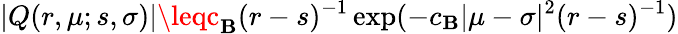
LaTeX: |Q(r,\mu;s,\sigma)|\leqc_{\mathbf{B}}(r-s)^{-1}\exp(-c_{\mathbf{B}}|\mu-\sigma|^{2}(r-s)^{-1})